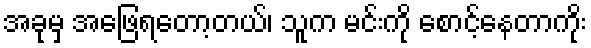
အခုမှ အဖြေရတော့တယ်၊ သူက မင်းကို စောင့်နေတာကိုး